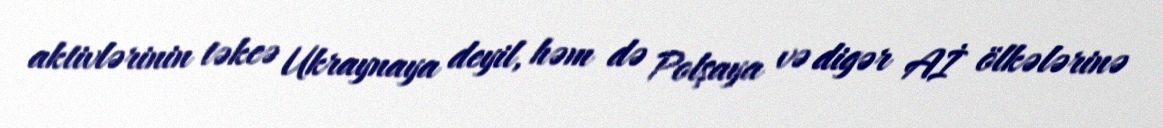
aktivlərinin təkcə Ukraynaya deyil, həm də Polşaya və digər Aİ ölkələrinə